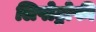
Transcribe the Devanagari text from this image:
लिपोट्रोफी